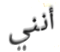
أنني